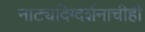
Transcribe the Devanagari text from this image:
नाट्यदिग्दर्शनाचीही